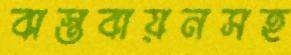
বাস্তবায়নসহ